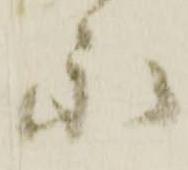
永